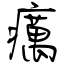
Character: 癘